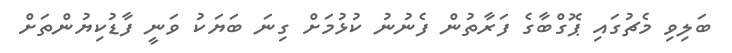
ބަލިވި މެޗުގައި ޕޮގްބާގެ ފަރާތުން ފެނުނު ކުޅުމަށް ގިނަ ބަޔަކު ވަނީ ފާޑުކިޔުންތަށް